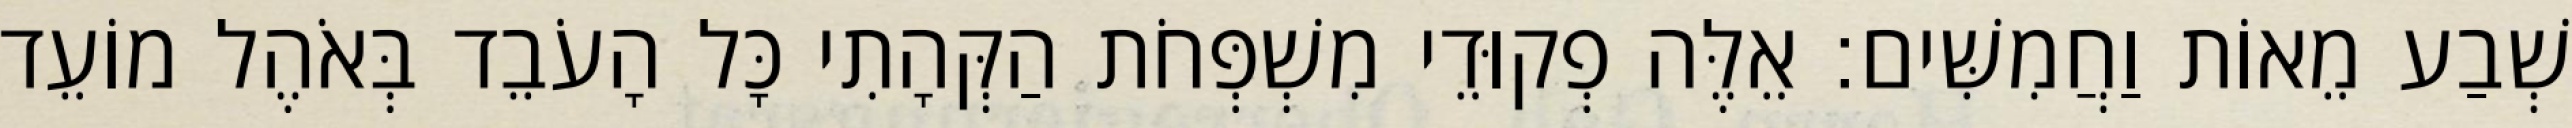
שְׁבַע מֵאוֹת וַחֲמִשִּׁים׃ אֵלֶּה פְקוּדֵי מִשְׁפְּחֹת הַקְּהָתִי כָּל הָעֹבֵד בְּאֹהֶל מוֹעֵד